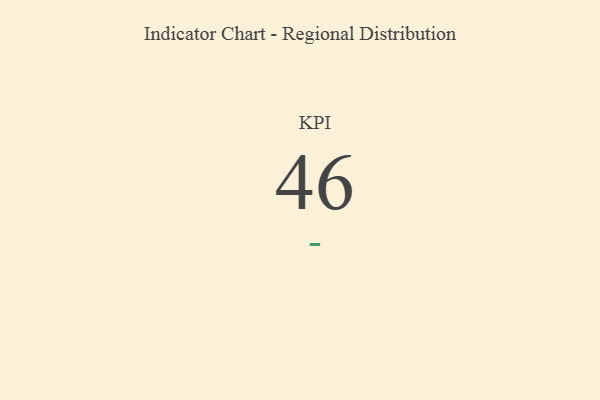
{"axis": {"x": "KPI", "y": "Value"}, "legend": [""], "data": [{"x": "KPI", "y": 46, "type": ""}]}